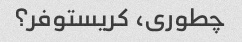
چطوری، کریستوفر؟